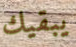
يبقيك